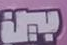
بين